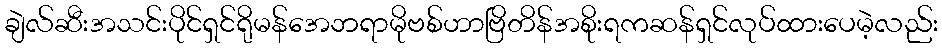
ချဲလ်ဆီးအသင်းပိုင်ရှင်ရိုမန်အေဘရာမိုဗစ်ဟာဗြိတိန်အစိုးရကဆန်ရှင်လုပ်ထားပေမဲ့လည်း